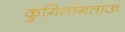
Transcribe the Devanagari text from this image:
कुगितांगताऊ